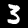
Label: 3